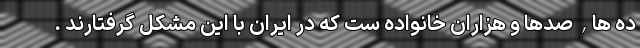
ده ها, صدها و هزاران خانواده ست که در ایران با این مشکل گرفتارند .